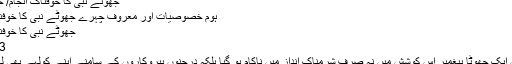
جھوٹے نبی کا خوفناک انجام/ جانئے | سچ ٹائمز
ہوم خصوصیات اور معروف چہرے جھوٹے نبی کا خوفناک انجام/ جانئے
جھوٹے نبی کا خوفناک انجام/ جانئے
13 مارچ, 2016
جنوبی افریقہ میں ایک جھوٹا پیغمبر اس کوشش میں نہ صرف شرمناک انداز میں ناکام ہو گیا بلکہ درجنوں پیروکاروں کے سامنے اپنے کولہے بھی لہولہان کروا بیٹھا۔